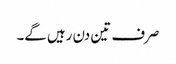
صرف تین دن رہیں گے۔